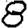
Digit: 8